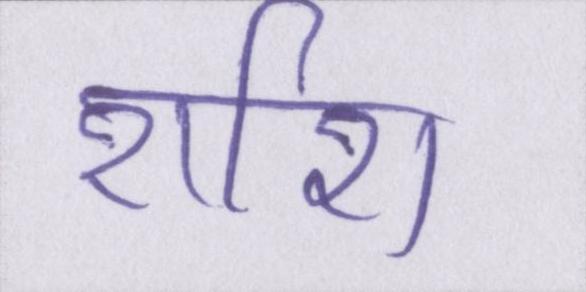
राशि